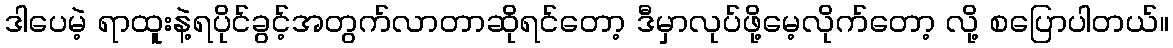
ဒါပေမဲ့ ရာထူးနဲ့ရပိုင်ခွင့်အတွက်လာတာဆိုရင်တော့ ဒီမှာလုပ်ဖို့မေ့လိုက်တော့ လို့ စပြောပါတယ်။